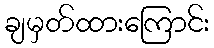
ချမှတ်ထားကြောင်း